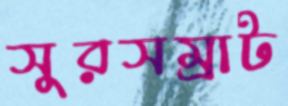
সুরসম্রাট